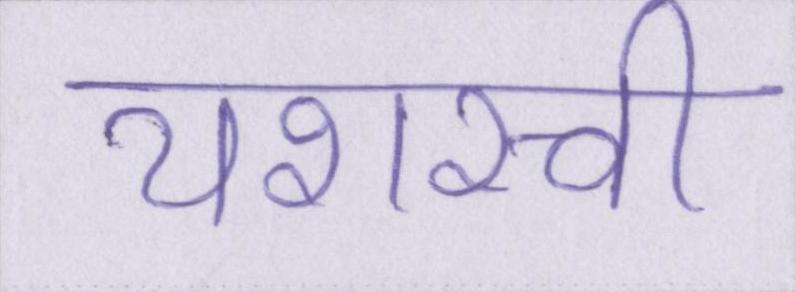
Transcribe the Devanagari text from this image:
यशस्वी